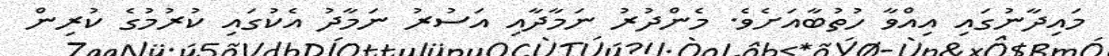
މައިދާނުގައި އިއްވާ ހުތުބާއަށެވެ. މެންދުރު ނަމާދާއި އަސުރު ނަމާދު އެކުގައި ކުރުމުގެ ކުރިން